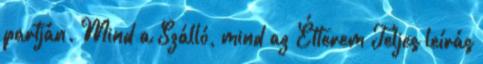
partján. Mind a Szálló, mind az Étterem Teljes leírás